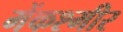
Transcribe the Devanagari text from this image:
मेंकश्मीर